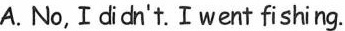
A. No, I didn't.Iwent fishing.